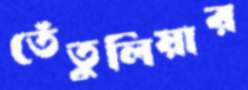
তেঁতুলিয়ার